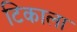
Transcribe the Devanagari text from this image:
टिकाला